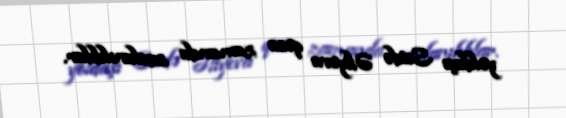
yoldaşı Səidə Əliyeva qısa zamanda saxlanılıblar.